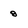
Character: 8